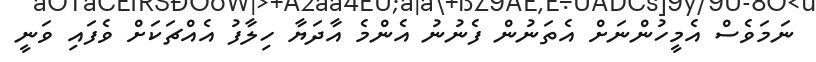
ނަމަވެސް އެމީހުންނަށް އެތަނުން ފެނުނު އެންމެ އާދަޔާ ހިލާފު އެއްޗަކަށް ވެފައި ވަނީ